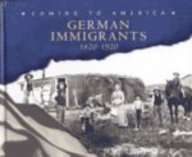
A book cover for German Immigrants, 1820-1920 (Coming to America); Helen Frost; Children's Books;